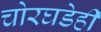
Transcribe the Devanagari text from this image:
चोरघडेही